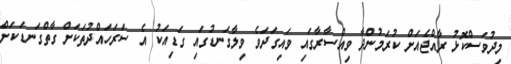
މިދުވަސްކޮޅު ރާއްޖެއަށް ކުރަމުންދާ ވިއްސާރާގައި ވައިގަދަވެ ވިލާގަނޑުގައި ގަޑިއަކު އެ ސަރަހައްދުތަކަށް ގާތްގަނޑަކަށް